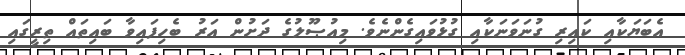
އެބަޔަކާއި ކައިރި ގުނަވަނަކާއި ގުޅުވައިގެންނެވެ. މިއުޞޫލުގެ ދަށުން އަރު ބެހިފައިވާ ބައިތައް ތިރީގައި